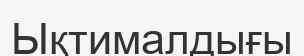
Ықтималдығы